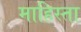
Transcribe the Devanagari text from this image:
माहिस्ता